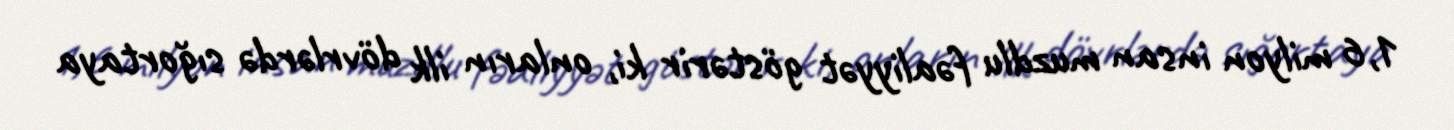
1,6 milyon insan muzdlu fəaliyyət göstərir ki, onların ilk dövrlərdə sığortaya